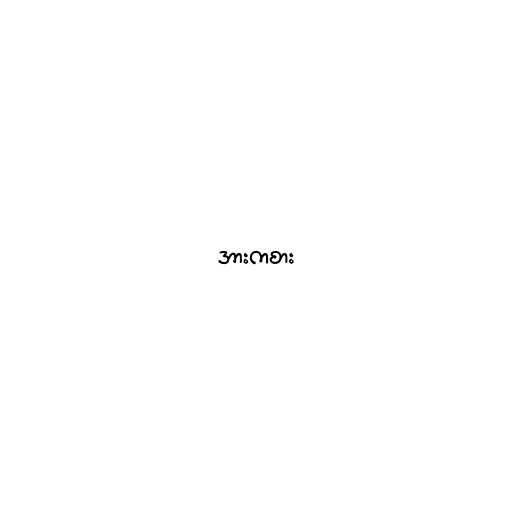
အားကစား